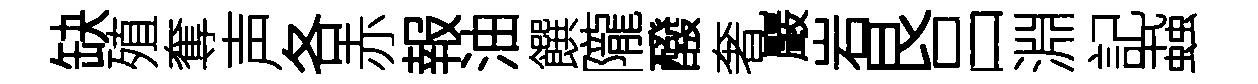
缺殖奪声各赤報油饌隴醱奢巖岩艮吕淵記蝨